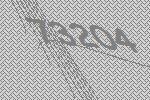
73204